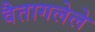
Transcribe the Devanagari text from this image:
वैतागलेले